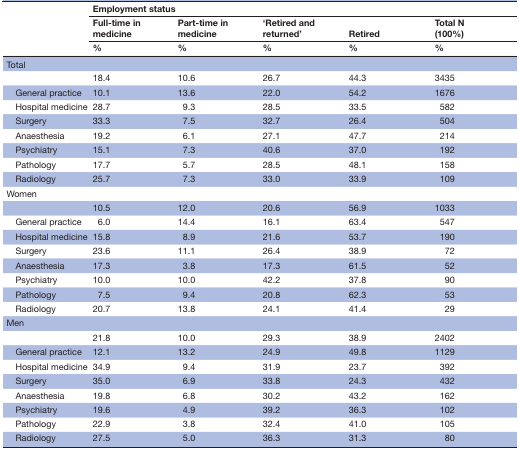
<table><thead><tr><td rowspan="3"></td><td colspan="5"><b>Employment status</b></td></tr><tr><td><b>Full-time in medicine</b></td><td><b>Part-time in medicine</b></td><td><b>‘Retired and returned’</b></td><td><b>Retired</b></td><td><b>Total N (100%)</b></td></tr><tr><td><b>%</b></td><td><b>%</b></td><td><b>%</b></td><td><b>%</b></td><td><b>%</b></td></tr></thead><tbody><tr><td colspan="6">Total</td></tr><tr><td></td><td>18.4</td><td>10.6</td><td>26.7</td><td>44.3</td><td>3435</td></tr><tr><td> General practice</td><td>10.1</td><td>13.6</td><td>22.0</td><td>54.2</td><td>1676</td></tr><tr><td> Hospital medicine</td><td>28.7</td><td>9.3</td><td>28.5</td><td>33.5</td><td>582</td></tr><tr><td> Surgery</td><td>33.3</td><td>7.5</td><td>32.7</td><td>26.4</td><td>504</td></tr><tr><td> Anaesthesia</td><td>19.2</td><td>6.1</td><td>27.1</td><td>47.7</td><td>214</td></tr><tr><td> Psychiatry</td><td>15.1</td><td>7.3</td><td>40.6</td><td>37.0</td><td>192</td></tr><tr><td> Pathology</td><td>17.7</td><td>5.7</td><td>28.5</td><td>48.1</td><td>158</td></tr><tr><td> Radiology</td><td>25.7</td><td>7.3</td><td>33.0</td><td>33.9</td><td>109</td></tr><tr><td colspan="6">Women</td></tr><tr><td></td><td>10.5</td><td>12.0</td><td>20.6</td><td>56.9</td><td>1033</td></tr><tr><td> General practice</td><td>6.0</td><td>14.4</td><td>16.1</td><td>63.4</td><td>547</td></tr><tr><td> Hospital medicine</td><td>15.8</td><td>8.9</td><td>21.6</td><td>53.7</td><td>190</td></tr><tr><td> Surgery</td><td>23.6</td><td>11.1</td><td>26.4</td><td>38.9</td><td>72</td></tr><tr><td> Anaesthesia</td><td>17.3</td><td>3.8</td><td>17.3</td><td>61.5</td><td>52</td></tr><tr><td> Psychiatry</td><td>10.0</td><td>10.0</td><td>42.2</td><td>37.8</td><td>90</td></tr><tr><td> Pathology</td><td>7.5</td><td>9.4</td><td>20.8</td><td>62.3</td><td>53</td></tr><tr><td> Radiology</td><td>20.7</td><td>13.8</td><td>24.1</td><td>41.4</td><td>29</td></tr><tr><td colspan="6">Men</td></tr><tr><td></td><td>21.8</td><td>10.0</td><td>29.3</td><td>38.9</td><td>2402</td></tr><tr><td> General practice</td><td>12.1</td><td>13.2</td><td>24.9</td><td>49.8</td><td>1129</td></tr><tr><td> Hospital medicine</td><td>34.9</td><td>9.4</td><td>31.9</td><td>23.7</td><td>392</td></tr><tr><td> Surgery</td><td>35.0</td><td>6.9</td><td>33.8</td><td>24.3</td><td>432</td></tr><tr><td> Anaesthesia</td><td>19.8</td><td>6.8</td><td>30.2</td><td>43.2</td><td>162</td></tr><tr><td> Psychiatry</td><td>19.6</td><td>4.9</td><td>39.2</td><td>36.3</td><td>102</td></tr><tr><td> Pathology</td><td>22.9</td><td>3.8</td><td>32.4</td><td>41.0</td><td>105</td></tr><tr><td> Radiology</td><td>27.5</td><td>5.0</td><td>36.3</td><td>31.3</td><td>80</td></tr></tbody></table>